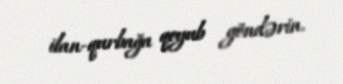
ilan-qurbağa qoyub göndərin.